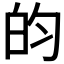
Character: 𬐄